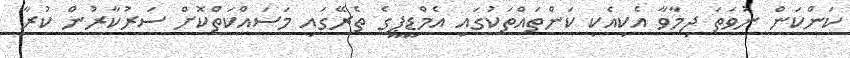
ކަންކަން ނުވަތަ ދިމާވާ އެކިއެކި ކަންތައްތަކުގައި އެމްޑީޕީގެ ތެރޭގައި މަސައްކަތްކޮށް ސަރުކާރުން ކުރާ